Lunatic asylums Punjab 1881-1894 - 1881-1894
Year: 1881
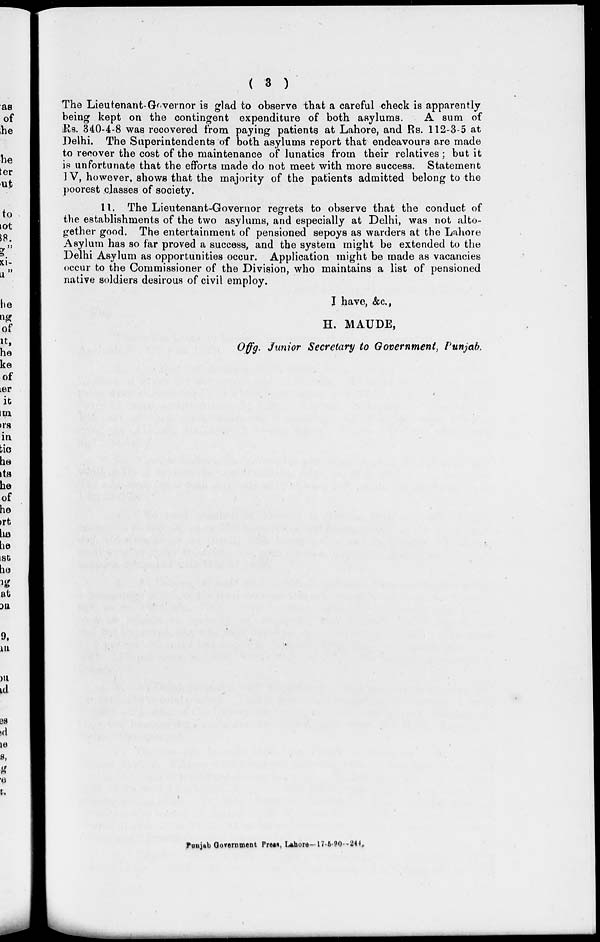
( 3 )
The Lieutenant-Governor is glad to observe that a careful check is apparently
being kept on the contingent expenditure of both asylums.
A sum of
Rs. 340-4-8 was recovered from paying patients at Lahore, and Rs. 112-3-5 at
Delhi. The Superintendents of both asylums report that endeavours are made
to recover the cost of the maintenance of lunatics from their relatives; but it
is unfortunate that the efforts made do not meet with more success. Statement
IV, however, shows that the majority of the patients admitted belong to the
poorest classes of society.
11. The Lieutenant-Governor regrets to observe that the conduct of
the establishments of the two asylums, and especially at Delhi, was not alto-
gether good. The entertainment of pensioned sepoys as warders at the Lahore
Asylum has so far proved a success, and the system might be extended to the
Delhi Asylum as opportunities occur. Application might be made as vacancies
occur to the Commissioner of the Division, who maintains a list of pensioned
native soldiers desirous of civil employ.
I have, &c.,
H. MAUDE,
Offg. Junior Secretary to Government, Punjab.
Punjab Government Press, Lahore—17-5-90—244.